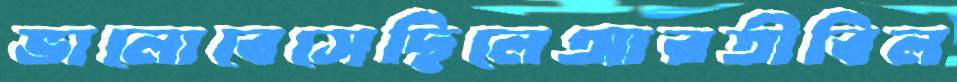
ভালোবেসেছিলেআরতীবিল